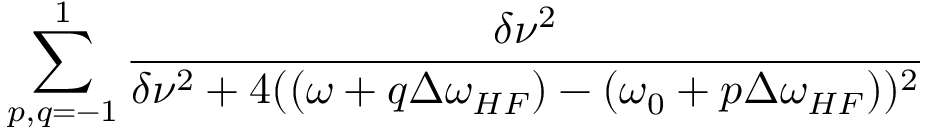
\sum _ { p , q = - 1 } ^ { 1 } \frac { \delta \nu ^ { 2 } } { \delta \nu ^ { 2 } + 4 ( ( \omega + q \Delta \omega _ { H F } ) - ( \omega _ { 0 } + p \Delta \omega _ { H F } ) ) ^ { 2 } }